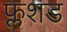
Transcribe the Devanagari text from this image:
फ्लशड